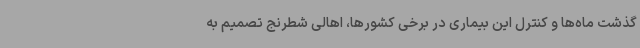
گذشت ماه‌ها و کنترل این بیماری در برخی کشورها، اهالی شطرنج تصمیم به